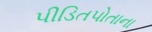
પીડિતપોતાના